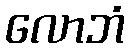
လောဘံ